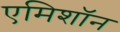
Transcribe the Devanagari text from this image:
एमिशॉन